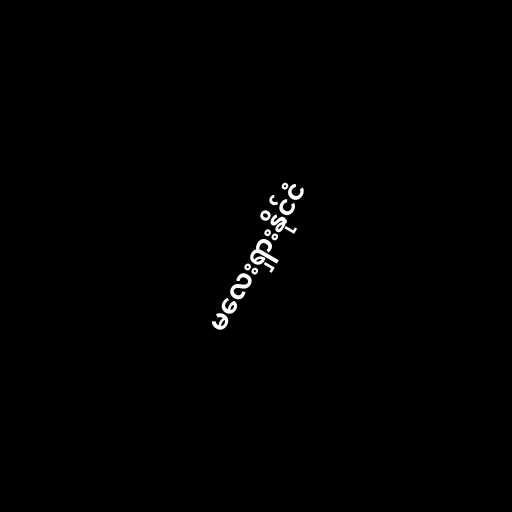
မလေးရှားနိုင်ငံ